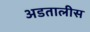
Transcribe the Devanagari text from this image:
अडतालीस